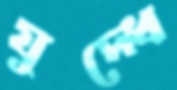
যুদ্ধে